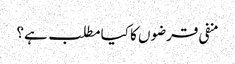
منفی قرضوں کا کیا مطلب ہے؟